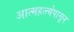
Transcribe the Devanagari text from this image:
आत्महत्त्येपासून